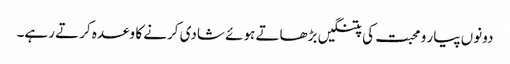
دونوں پیار و محبت کی پتنگیں بڑھاتے ہوئے شادی کرنے کا وعدہ کرتے رہے۔